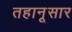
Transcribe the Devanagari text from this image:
तहानूसार